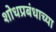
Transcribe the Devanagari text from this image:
शोधप्रबंधाच्या